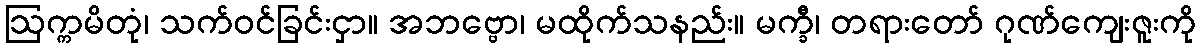
ဩက္ကမိတုံ၊ သက်ဝင်ခြင်းငှာ။ အဘဗ္ဗော၊ မထိုက်သနည်း။ မက္ခီ၊ တရားတော် ဂုဏ်ကျေးဇူးကို